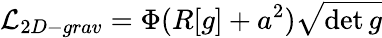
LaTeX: {\cal L}_{2D-grav}=\Phi(R[g]+a^{2})\sqrt{\operatorname*{det}g}